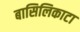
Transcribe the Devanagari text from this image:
बासिलिकाटा